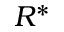
R ^ { * }